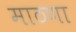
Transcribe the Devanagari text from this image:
माठणा